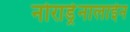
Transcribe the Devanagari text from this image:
नोराड्रेनालाईन